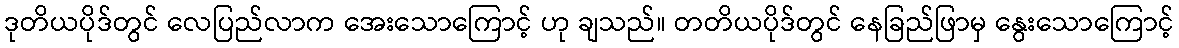
ဒုတိယပိုဒ်တွင် လေပြည်လာက အေးသောကြောင့် ဟု ချသည်။ တတိယပိုဒ်တွင် နေခြည်ဖြာမှ နွေးသောကြောင့်